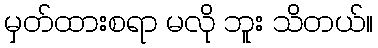
မှတ်ထားစရာ မလို ဘူး သိတယ်။